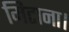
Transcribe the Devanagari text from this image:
मिटाना।